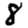
Digit: 8